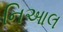
નિઆલ